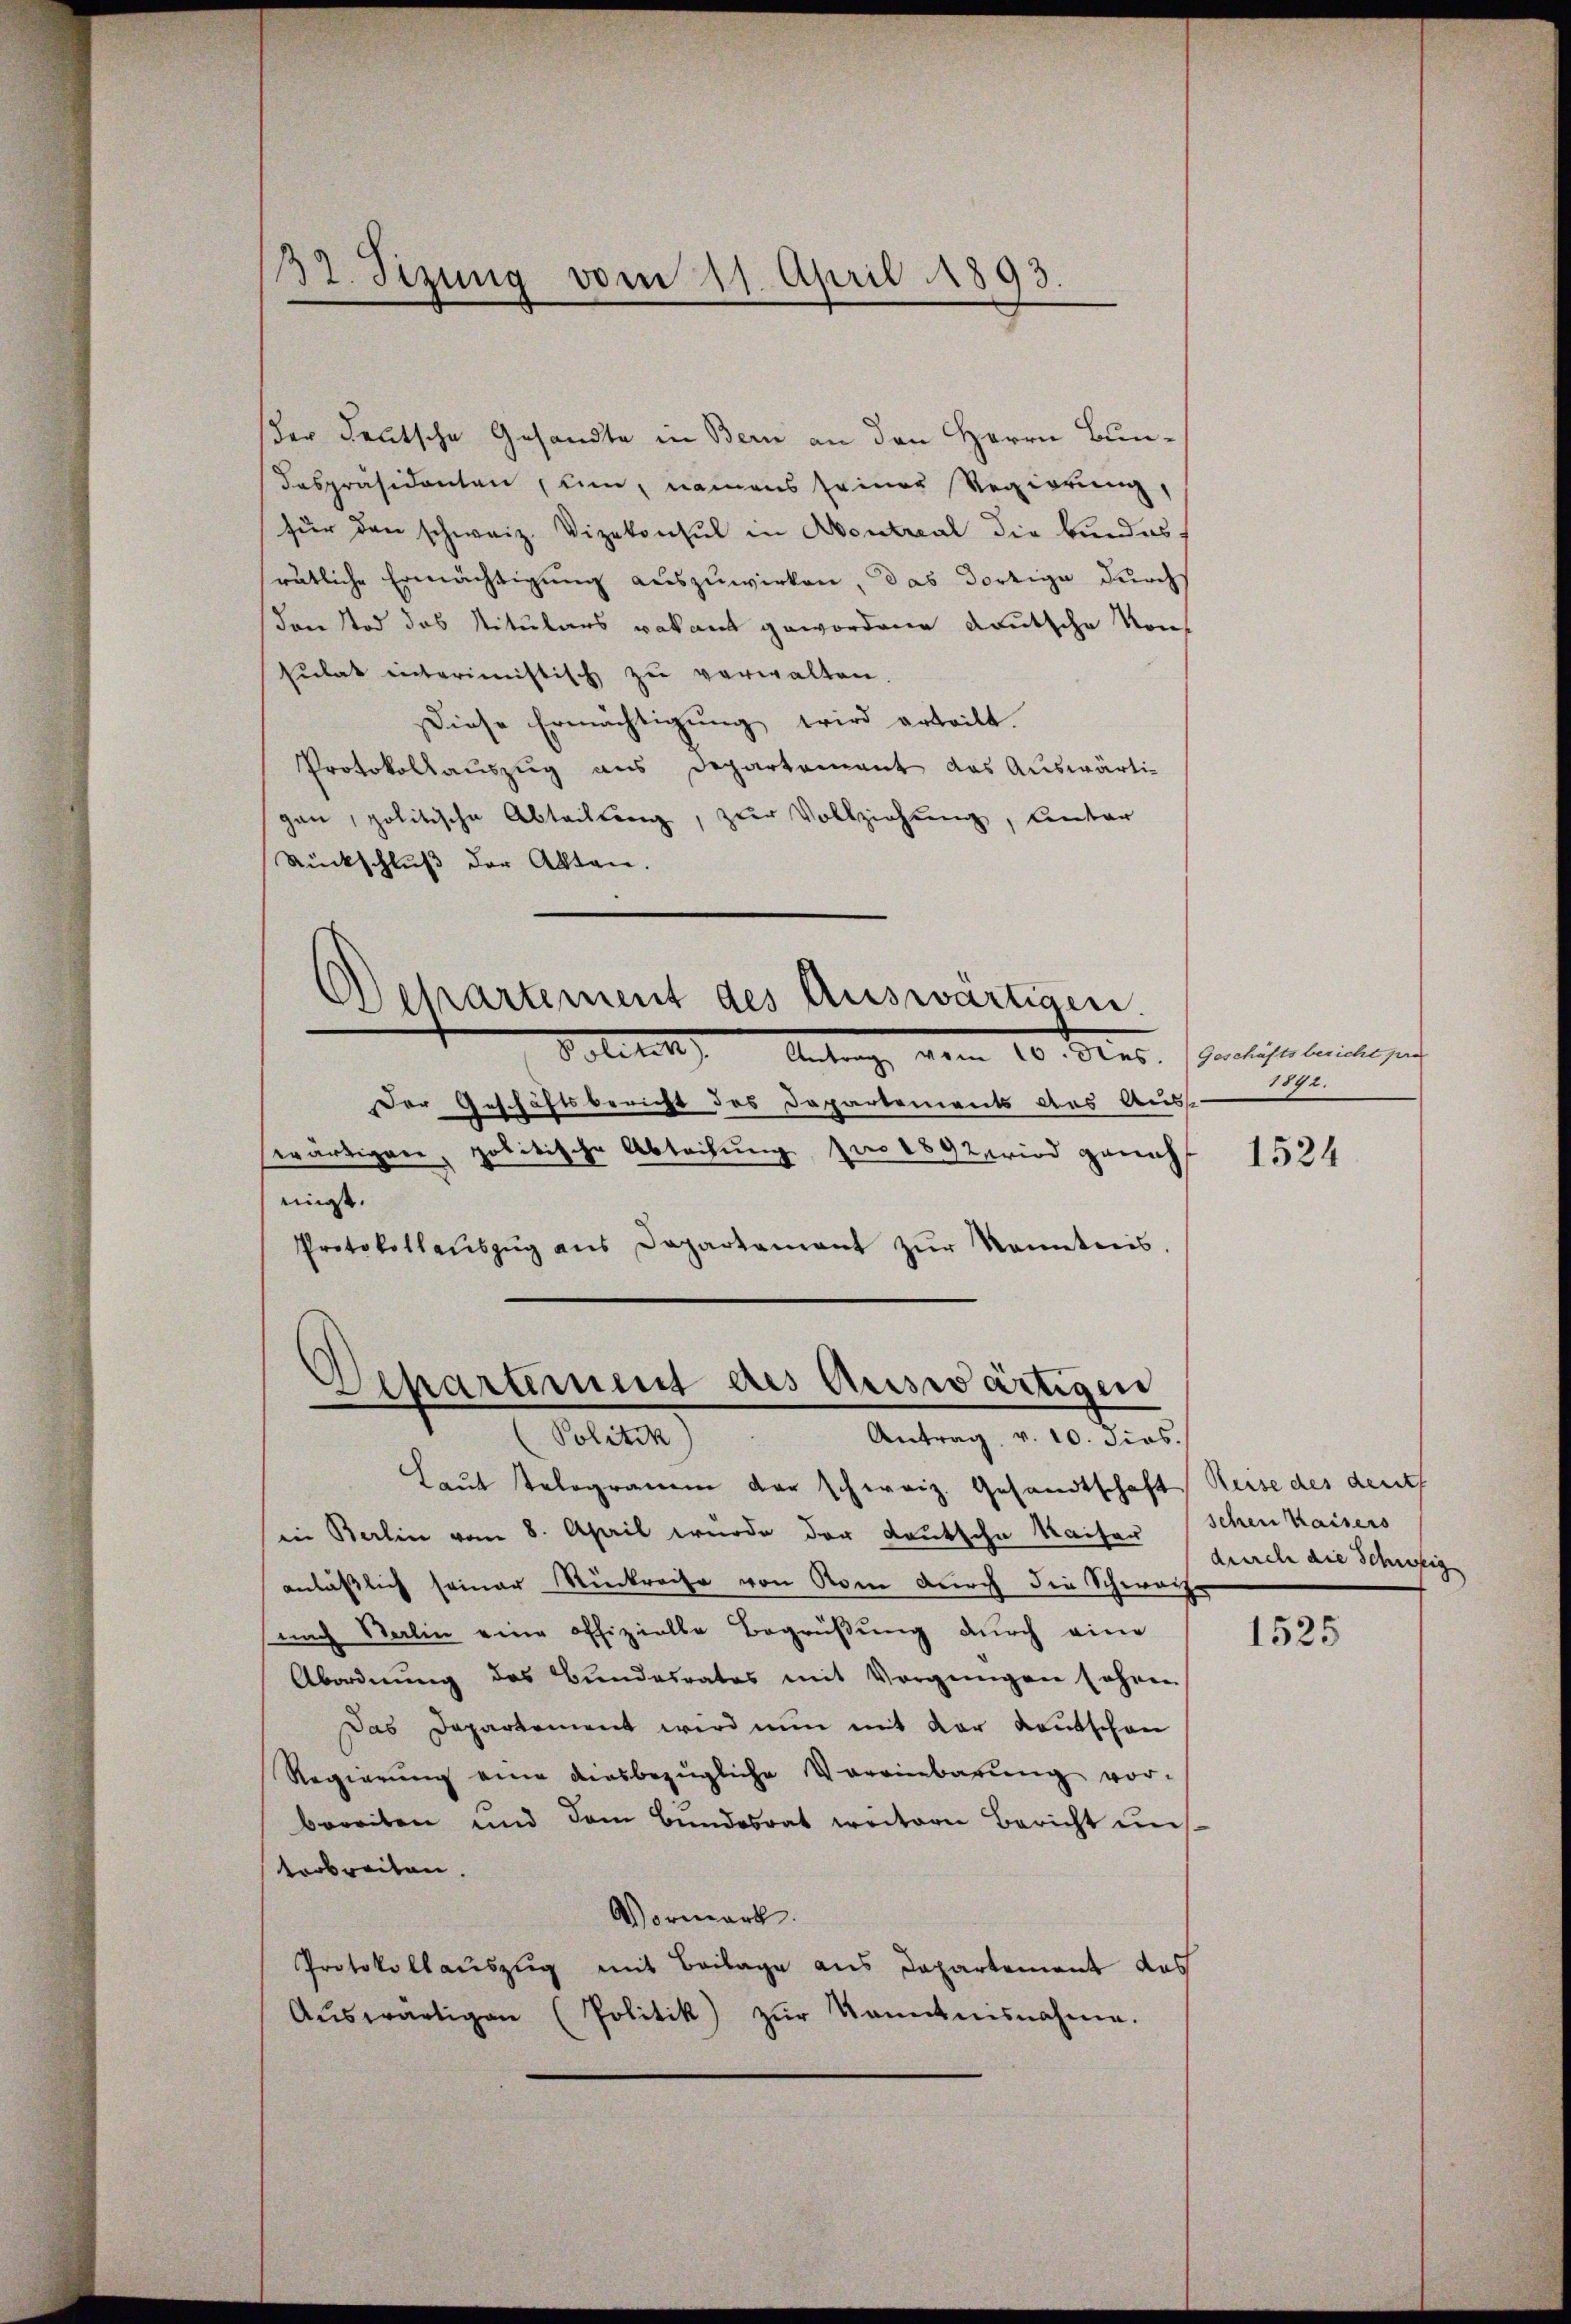
32. Sizung vom 11. April 1893.

der deutsche Gesandte in Bern an den Herrn Bundespräsidenten (Lun, namens seiner Regierung,
für den schweiz. Vizekonsul in Montral die Bindes
rätliche Ermächtigung auszuwirken, das dortige durchs
den Tod des Nitulars vakant gewordene deutsche Vorsulat interimistisch zu verwalten.
Diese Ermächtigung wird erteilt.
Protokollauszug aus Departement das Auswärtigan, politische Abteilung, zur Vollziehung, Unter
Rückschluß der Akten.

Departement des Auswärtigen.

Politis Antrag, aben 10. Franz. (Freiligen seine sich
Der Geschäftsbericht des Departements aus Aus-
wärtiger, politische Abteilung pro 1892, wird ganz
migt.
Protokollaŭszŭg ans Departament zŭr Kenntnis.
Laut selogramm der schweiz. Gesandtschaft Reise des deut
in Berlin vom 8. April wurde der Lautsche Kaiser
anläßlich seiner Rückreise von Rom durch die Schwach
nach Salin eine offizielle Begrüßung durch eine
Abordnung des Bundesrates mit Vorgangen fahren
Das Departement wird nun mit der Kautschon
Regierung eine diesbezügliche Vereinbarŭng vor-
bereiten und dem Bundesrat weitern Bericht uns
tarbreiten.
Vormark.
Protokollauszug mit Beilage aus Departement das
Aŭswärtigen (Politik) zŭr Kenntnisnahme.

Departement des Auswärtigen
Politik
Antrag, v. 10. dies

1892.

1524

schen Kaisers
durche die Schweig

1525